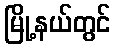
မြို့နယ်တွင်